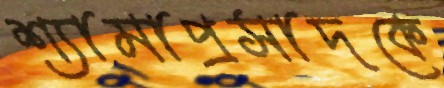
শ্যামাপ্রসাদকে